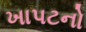
ખાપટનો